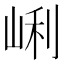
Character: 𡸉